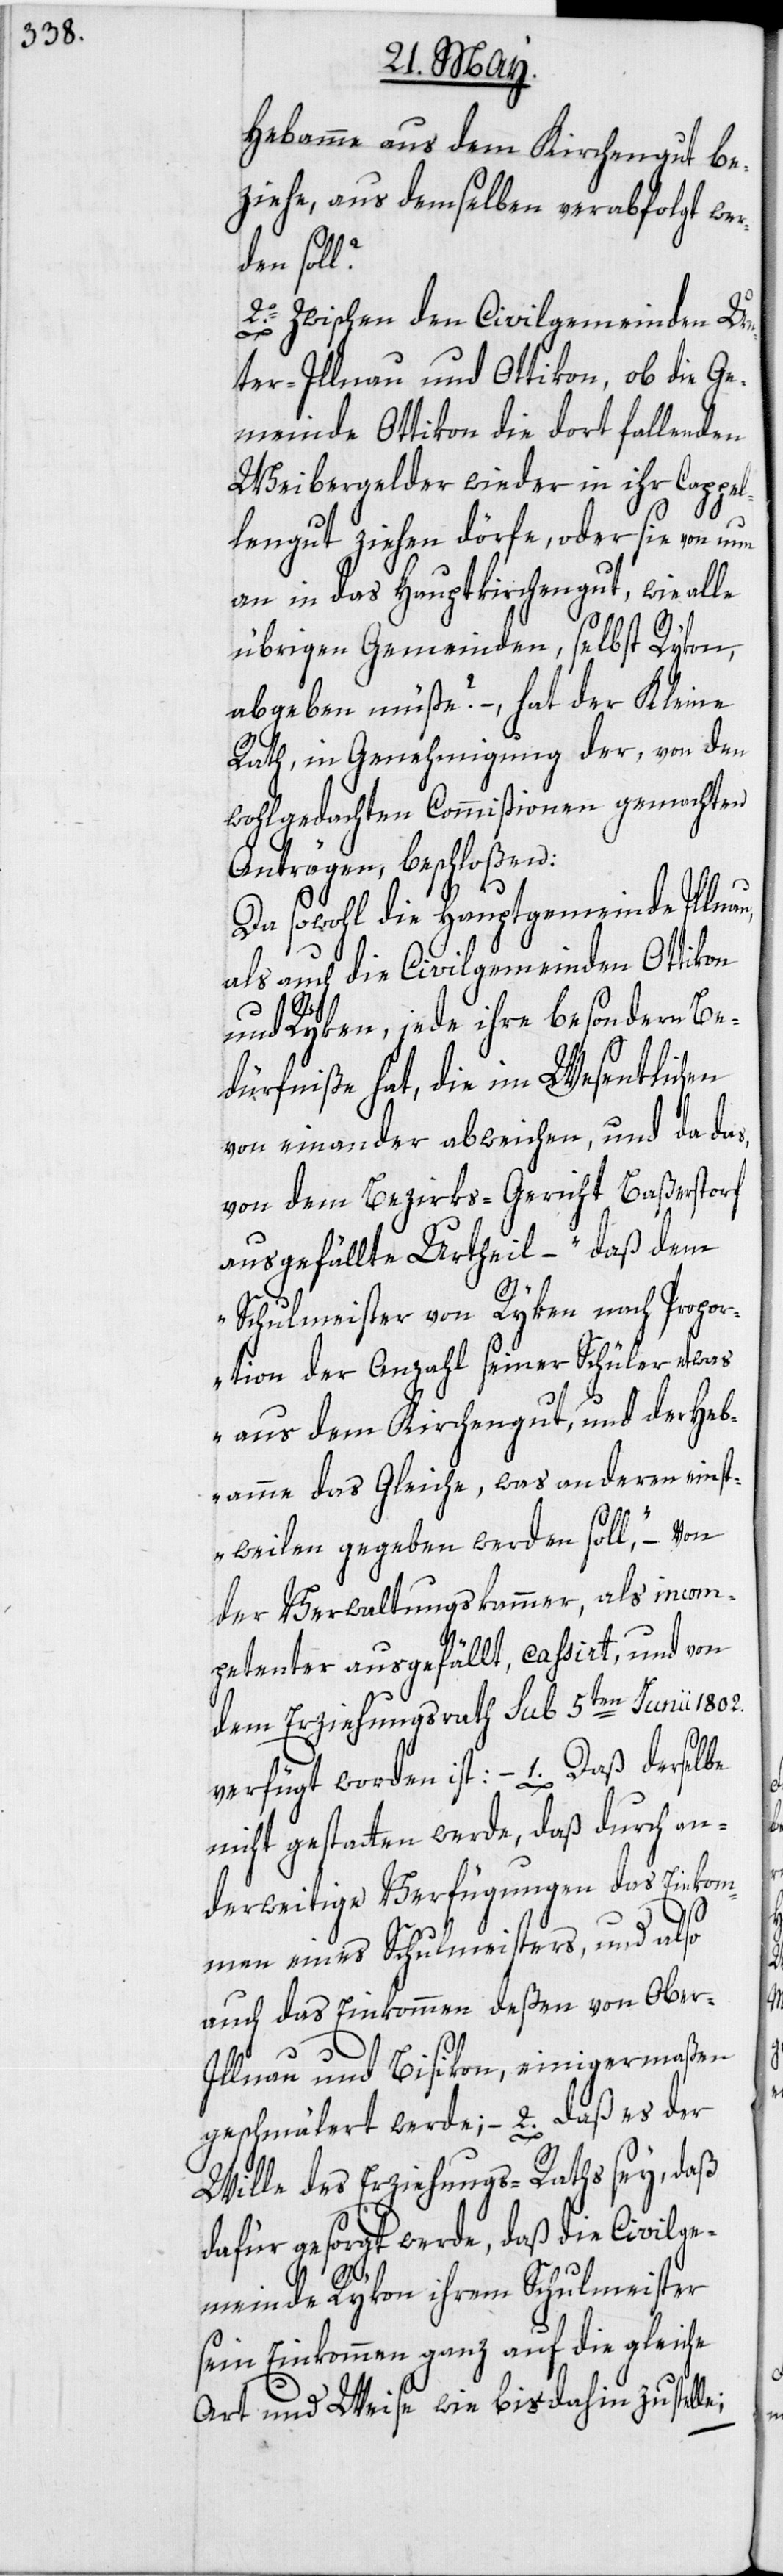
Hebamme aus dem Kirchengut be¬
ziehe, aus demselben verabfolgt wer¬
den soll?
2o. Zwischen den Civilgemeinden Un¬
ter-Illnau und Ottikon, ob die Ge¬
meinde Ottikon die dort fallenden
Weibergelder wieder in ihr Cappel¬
lengut ziehen dörfe, oder sie von nun
an in das Hauptkirchengut, wie alle
übrigen Gemeinden, selbst Rykon,
abgeben müße? –, hat der Kleine
Rath, in Genehmigung der, von den
wohlgedachten Commißionen gemachten
Anträgen, beschloßen:
Da sowohl die Hauptgemeinde Illnau,
als auch die Civilgemeinden Ottikon
und Ryken, jede ihre besondern Be¬
dürfniße hat, die im Wesentlichen
von einander abweichen, und da das,
von dem Bezirks-Gericht Baßerstorf
ausgefällte Urtheil, – „daß dem
Schulmeister von Ryken nach Propor¬
tion der Anzahl seiner Schüler etwas
aus dem Kirchengut, und der Heb¬
amme das Gleiche, was anderen einst¬
weilen gegeben werden soll“, – von
der Verwaltungskammer, als incom¬
petenter ausgefällt, cassirt, und von
dem Erziehungsrath sub 5ten Junii 1802.
verfügt worden ist: – 1. Daß derselbe
nicht gestatten werde, daß durch an¬
derweitige Verfügungen das Einkom¬
men eines Schulmeisters, und also
auch das Einkommen deßen von Ober-I¬
llnau und Bisikon, einigermaßen
geschmälert werde; – 2. daß es der
Wille des Erziehungs-Raths sey, daß
dafür gesorgt werde, daß die Civilge¬
meinde Rykon ihrem Schulmeister
sein Einkommen ganz auf die gleiche
Art und Weise wie bisdahin zustelle;